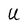
Character: U